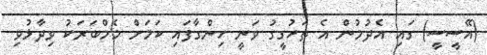
(އޭސީސީ) ގައި އެދުމުން އެ ތަހުގީގު ވަނީ ހިންގާފައި ކަމަށް މެމްބަރަކު ވިދާޅުވި